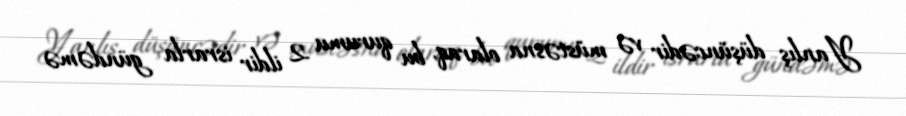
Yanlış düşüncədir və müstəsna olaraq, bu qurumu 2 ildir israrla gündəmə